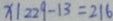
x 1 2 2 9 - 1 3 = 2 1 6